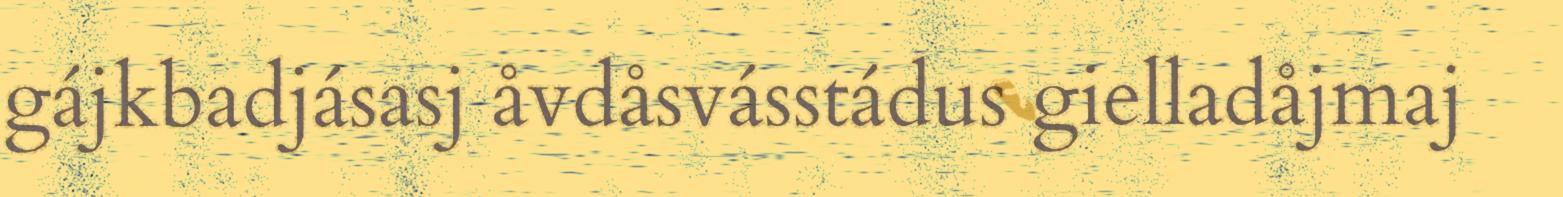
gájkbadjásasj åvdåsvásstádus gielladåjmaj